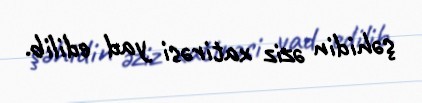
şəhidin əziz xatirəsi yad edilib.